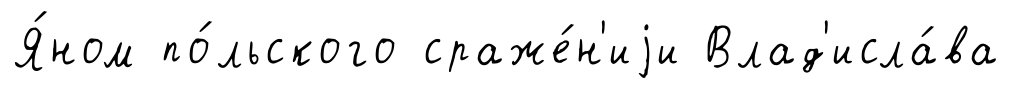
Я́ном по́льского сраже́н'иjи Влад'исла́ва